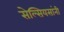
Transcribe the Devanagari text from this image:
सेल्सियसांनी